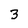
Character: 3